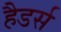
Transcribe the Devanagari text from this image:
हैडर्स